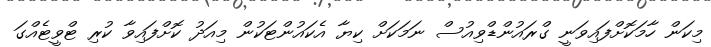
މިކަން ހާމަކޮށްފައިވަނީ ގްރައުންޑްވިއުސް ނަމަކަށް ކިޔާ އެކައުންޓަކުން މިއަދު ކޮށްފައިވާ ކުރި ޓްވީޓެއްގަ